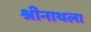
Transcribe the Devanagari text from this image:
श्रीनाथला